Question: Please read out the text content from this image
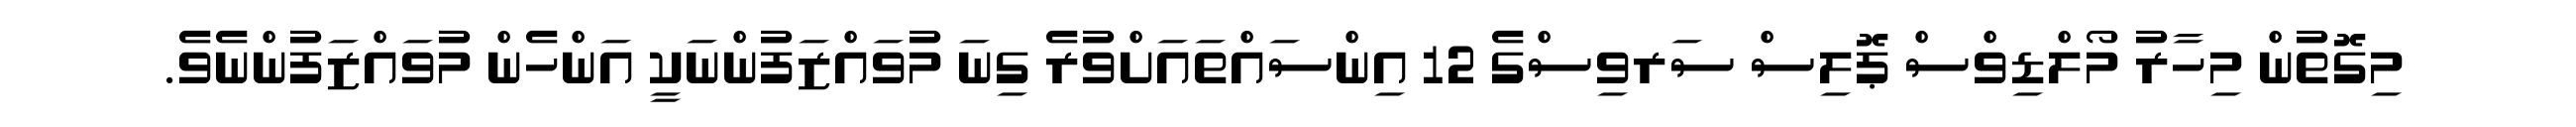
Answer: މިގޮތުން މިހާރު މޯލްޑިވްސް ޕޮލިސް ސަރވިސްގެ 12 އިންސައްތައަށްވުރެ ގިނަ މުވައްޒަފުންނަކީ އަންހެން މުވައްޒަފުންނެވެ.